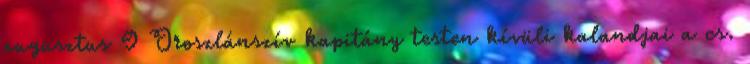
augusztus 9 Oroszlánszív kapitány testen kívüli kalandjai a cs.